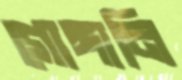
গোঙ্গানি